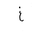
Letter: _gayn